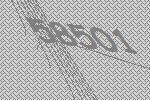
58501